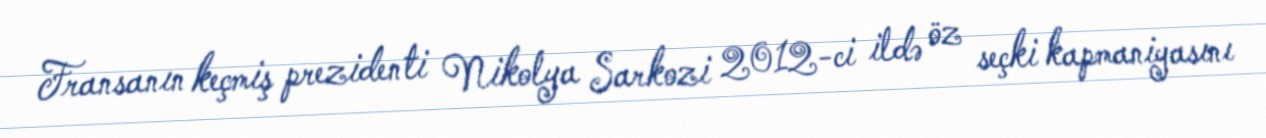
Fransanın keçmiş prezidenti Nikolya Sarkozi 2012-ci ildə öz seçki kapmaniyasını